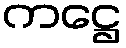
ကဋ္ဌေ